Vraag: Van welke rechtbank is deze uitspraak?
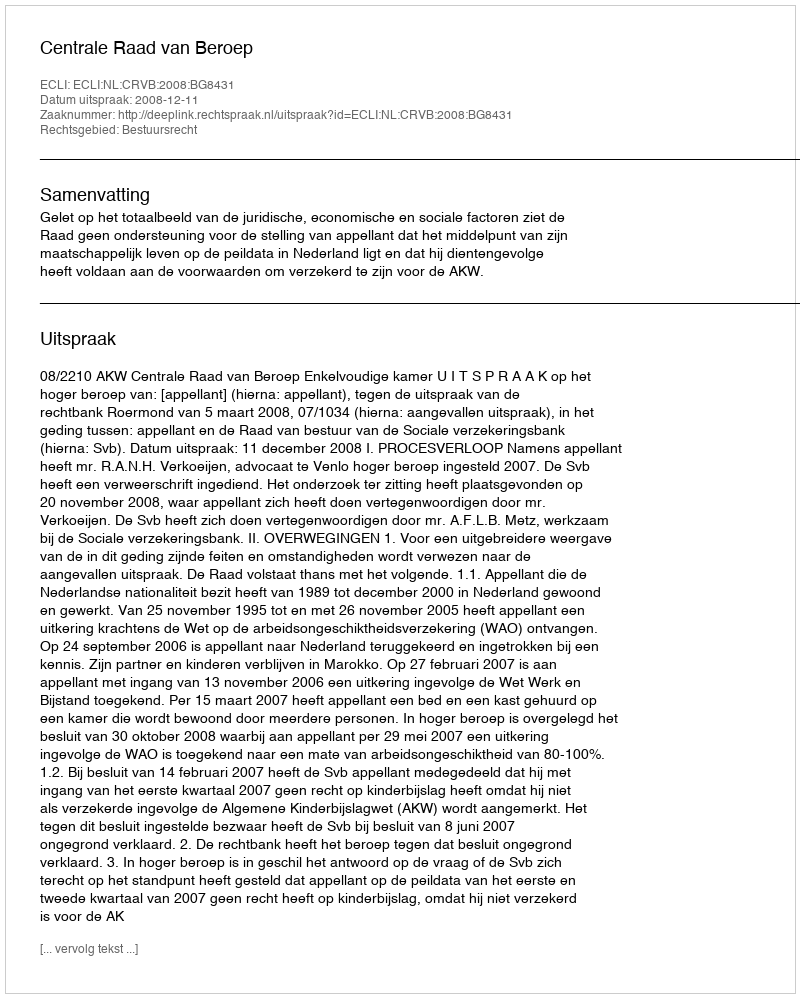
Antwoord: Centrale Raad van Beroep